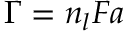
\Gamma = n _ { l } F a